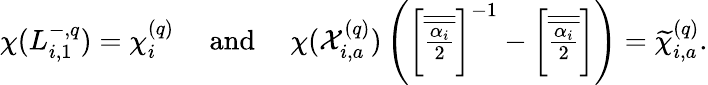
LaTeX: \chi(L_{i,1}^{-,q})=\chi_{i}^{(q)}\quad\mathrm{~and~}\quad\chi(\mathcal{X}_{i,a}^{(q)})\left({\textstyle\left[\overline{{\overline{{\frac{\alpha_{i}}{2}}}}}\right]^{-1}-\left[\overline{{\overline{{\frac{\alpha_{i}}{2}}}}}\right]}\right)=\widetilde{\chi}_{i,a}^{(q)}.